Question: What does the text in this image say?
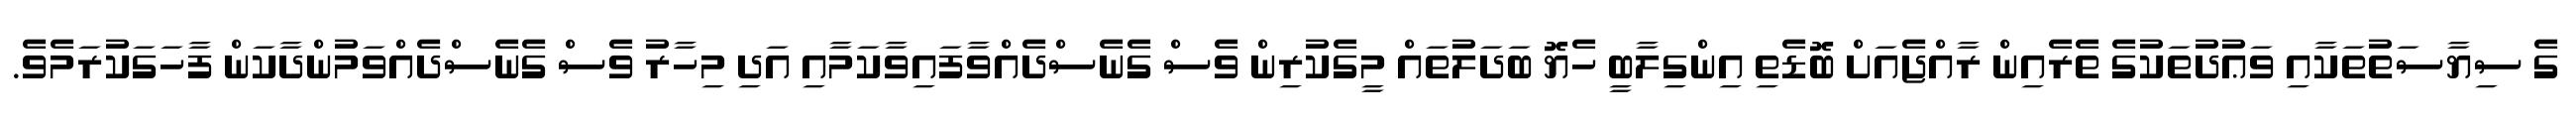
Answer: ގެ ސިޔާސަތުތަކާއި ވަޢުދުތަކުގެ ތެރެއިން ރާއްޖެއަށް ބޮޑެތި އިންގިލާބީ ހެޔޮ ބަދަލުތައް މީގެކުރިން ވެސް ގެނެސްދެއްވާފައިވާކަމާއި އަދި މިހާރު ވެސް ގެނެސްދެއްވަމުންދާކަން ފާހަގަކުރަމެވެ.